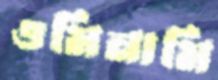
ওমিনামি